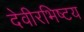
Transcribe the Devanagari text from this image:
देवीरभिष्टय